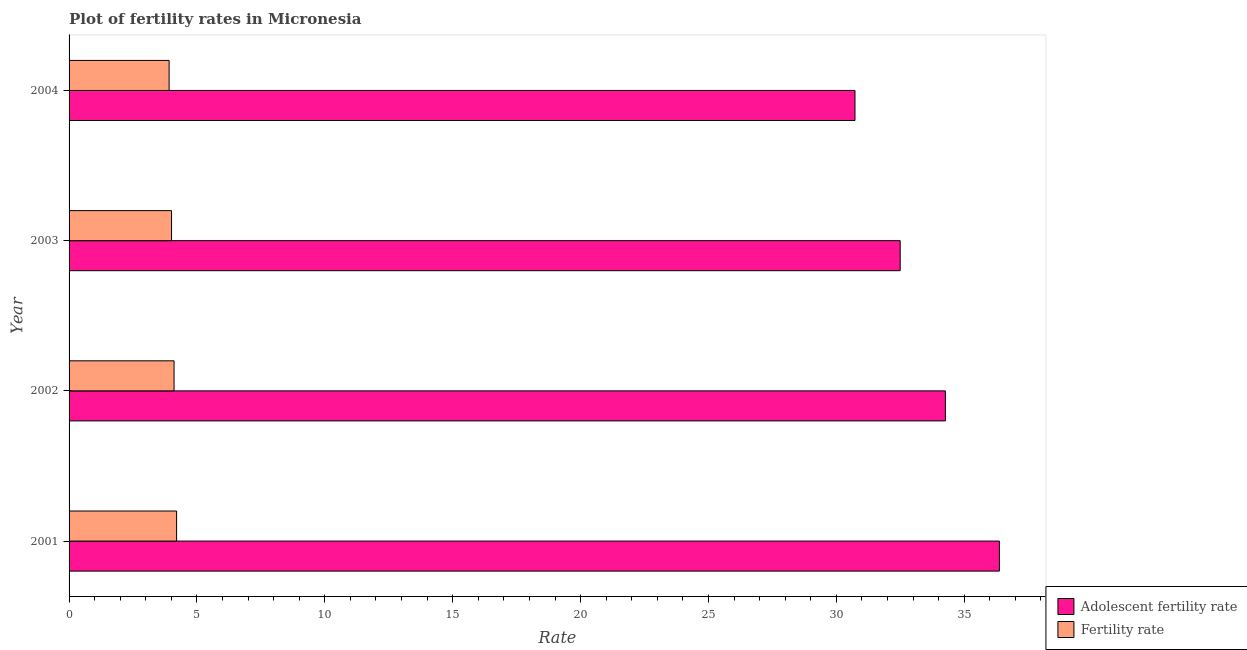
| Year | Adolescent fertility rate | Fertility rate |
 | --- | --- | --- |
 | 2001 | 36.4 | 4.2 |
 | 2002 | 34.3 | 4.11 |
 | 2003 | 32.5 | 4.01 |
 | 2004 | 30.7 | 3.91 |